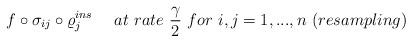
LaTeX: \begin{align*}f\circ \sigma_{ij}\circ \varrho_j^{ins} \ \ \ \ at \ rate \ \frac{\gamma}{2} \ for \ i,j=1,...,n \ (resampling)\end{align*}